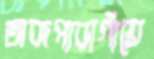
অজপাড়াগাঁয়ে